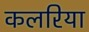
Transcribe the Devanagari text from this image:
कलरिया